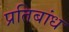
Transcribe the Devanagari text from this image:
प्रतिबांध